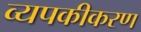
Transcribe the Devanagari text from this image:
व्यपकीकरण